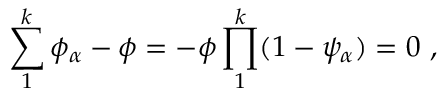
\sum _ { 1 } ^ { k } \phi _ { \alpha } - \phi = - \phi \prod _ { 1 } ^ { k } ( 1 - \psi _ { \alpha } ) = 0 \, \, ,